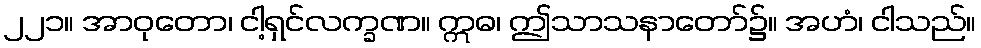
၂၂၁။ အာဝုတော၊ ငါ့ရှင်လက္ခဏ။ ဣဓ၊ ဤသာသနာတော်၌။ အဟံ၊ ငါသည်။